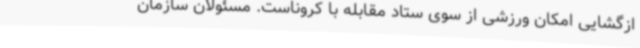
ازگشایی امکان ورزشی از سوی ستاد مقابله با کروناست. مسئولان سازمان